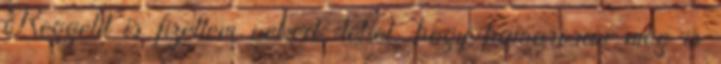
Reggelit is fizettem neked, lehet, hogy hamarosan meg is